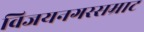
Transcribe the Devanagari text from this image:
विजयनगरसम्राट